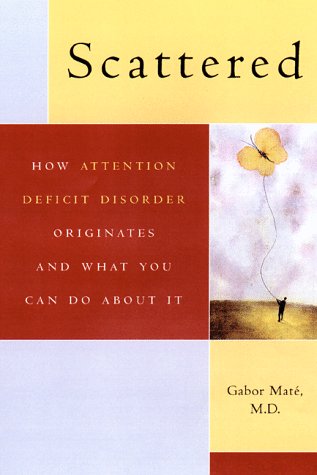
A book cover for Scattered: How A.D.D. Originates and What You Can Do; Gabor Mate; Parenting & Relationships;